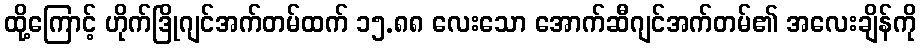
ထို့ကြောင့် ဟိုက်ဒြိုဂျင်အက်တမ်ထက် ၁၅.၈၈ လေးသော အောက်ဆီဂျင်အက်တမ်၏ အလေးချိန်ကို